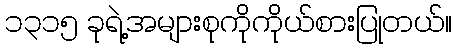
၁၃၁၅ ခုရဲ့အများစုကိုကိုယ်စားပြုတယ်။